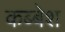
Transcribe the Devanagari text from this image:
कब्बेश